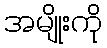
အမျိုးကို